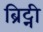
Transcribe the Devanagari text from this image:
ब्रिट्नी